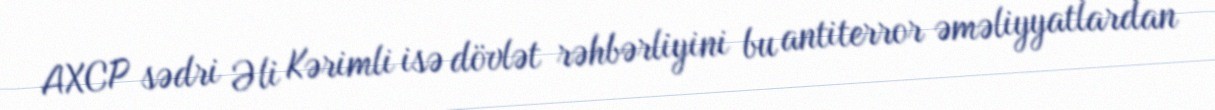
AXCP sədri Əli Kərimli isə dövlət rəhbərliyini bu antiterror əməliyyatlardan